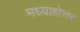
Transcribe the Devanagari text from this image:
मध्याहोत्तर